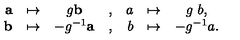
\begin{array} { r c c c r c c } { { \bf a } } & { \mapsto } & { g { \bf b } } & { , } & { a } & { \mapsto } & { g \ b , } \\ { { \bf b } } & { \mapsto } & { - g ^ { - 1 } { \bf a } } & { , } & { b } & { \mapsto } & { - g ^ { - 1 } a . } \\ \end{array}